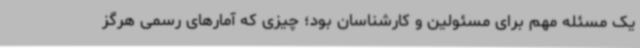
یک مسئله مهم برای مسئولین و کارشناسان بود؛ چیزی که آمارهای رسمی هرگز